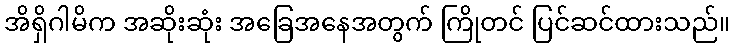
အိရှိဂါမိက အဆိုးဆုံး အခြေအနေအတွက် ကြိုတင် ပြင်ဆင်ထားသည်။